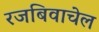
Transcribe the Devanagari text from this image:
रजबिवाचेल